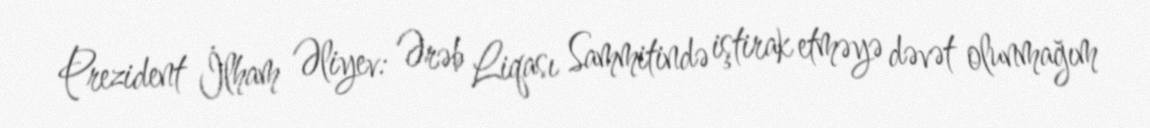
Prezident İlham Əliyev: Ərəb Liqası Sammitində iştirak etməyə dəvət olunmağım